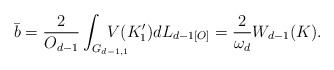
\begin{align*}\bar{b}= \frac{2}{O_{d-1}} \int_{G_{d-1,1}}\!\!\!\!\!\!\!\!\!V(K'_{1})dL_{d-1 [O]} = \frac{2}{\omega_d}W_{d-1}(K) .\end{align*}